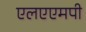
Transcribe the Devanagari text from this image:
एलएएमपी